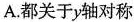
A.都关于y轴对称